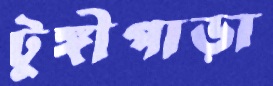
টুঙ্গীপাড়া